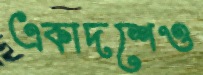
একাদশেও